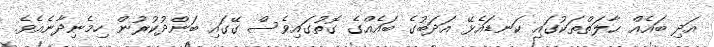
އަދި ބައެއް ޙާލަތްތަކުގައި ކަނޑައެޅޭ އަދަބުގެ ބައެއްގެ ގޮތުގައިވެސް ގޭގައި ބަންދުކުރުން ހިމެނިދާނެއެވެ.